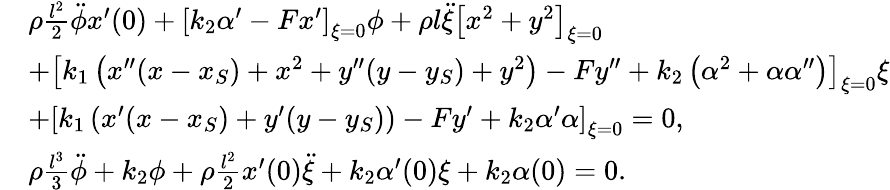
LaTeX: \begin{array}{rl}&{\rho\frac{l^{2}}{2}\ddot{\phi}x^{\prime}(0)+\left[k_{2}\alpha^{\prime}-Fx^{\prime}\right]_{\xi=0}\phi+\rho l\ddot{\xi}\left[x^{2}+y^{2}\right]_{\xi=0}}\\ &{+\left[k_{1}\left(x^{\prime\prime}(x-x_{S})+x^{2}+y^{\prime\prime}(y-y_{S})+y^{2}\right)-Fy^{\prime\prime}+k_{2}\left(\alpha^{2}+\alpha\alpha^{\prime\prime}\right)\right]_{\xi=0}\xi}\\ &{+\left[k_{1}\left(x^{\prime}(x-x_{S})+y^{\prime}(y-y_{S})\right)-Fy^{\prime}+k_{2}\alpha^{\prime}\alpha\right]_{\xi=0}=0,}\\ &{\rho\frac{l^{3}}{3}\ddot{\phi}+k_{2}\phi+\rho\frac{l^{2}}{2}x^{\prime}(0)\ddot{\xi}+k_{2}\alpha^{\prime}(0)\xi+k_{2}\alpha(0)=0.}\end{array}